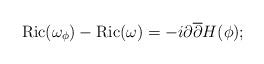
LaTeX: \begin{align*} \mbox{Ric}(\omega_{\phi})- \mbox{Ric}(\omega) = -i \partial \overline{\partial} H(\phi);\end{align*}